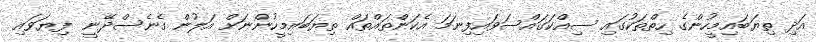
އަދި ތިޔަބައިމީހުންގެ ހިތްތަކުގައި ސިއްކަގައްސަވައިފިނަމަ އެކަންތައްތައް ތިޔަބައިމީހުންނަށް އަލުން ގެނެސްދޭނީ  ފިޔަވައި